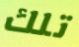
تلك